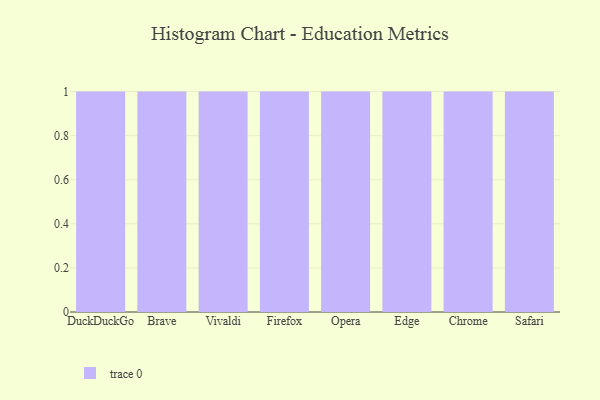
{"axis": {"x": "Browser", "y": "Operating Costs (USD K)"}, "legend": [""], "data": [{"x": "DuckDuckGo", "y": 5, "type": ""}, {"x": "Brave", "y": 30, "type": ""}, {"x": "Vivaldi", "y": 92, "type": ""}, {"x": "Firefox", "y": 4, "type": ""}, {"x": "Opera", "y": 99, "type": ""}, {"x": "Edge", "y": 36, "type": ""}, {"x": "Chrome", "y": 61, "type": ""}, {"x": "Safari", "y": 77, "type": ""}]}